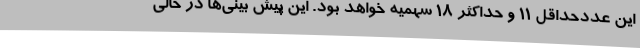
این عددحداقل 11 و حداکثر 18 سهمیه خواهد بود. این پیش بینی‌ها در حالی